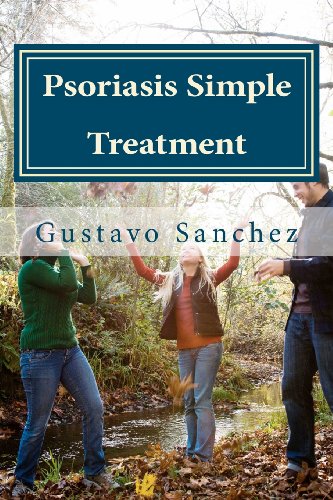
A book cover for Psoriasis Simple Treatment (Volume 1); Gustavo Sanchez; Health, Fitness & Dieting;